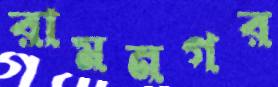
রামনগর